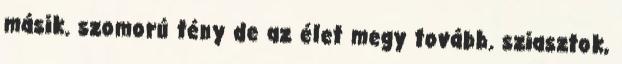
másik. szomorú tény de az élet megy tovább. sziasztok,